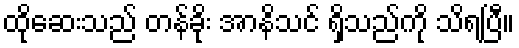
ထိုဆေးသည် တန်ခိုး အာနိသင် ရှိသည်ကို သိရပြီ။